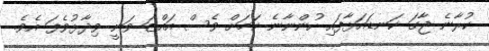
ކުރާނެ ޖާގަ ކަނޑައަޅާފައި ހުންނާނެ ކަމަށް ވެސް އައްޒަ ވަނީ ވިދާޅުވެފަ އެވެ.